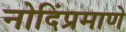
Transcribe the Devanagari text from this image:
नोदिंप्रमाणे